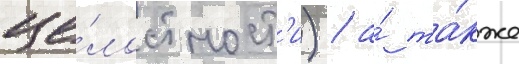
це́лостност'и) / а́ та́кже